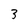
Character: 3